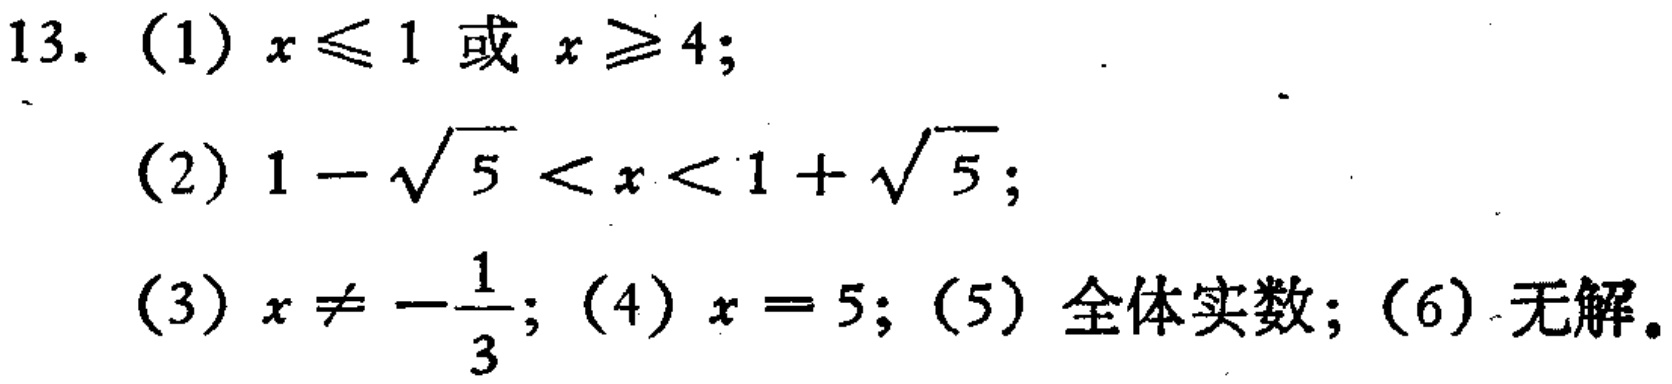
13. (1) \(x\leqslant1\) 或 \(x\geqslant4\);
(2) \(1 - \sqrt{5} < x < 1 + \sqrt{5}\);
(3) \(x\neq-\frac{1}{3}\); (4) \(x = 5\); (5) 全体实数; (6) 无解。